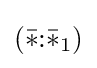
({\bar {*}}{:}{\bar {*}}_{1})